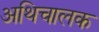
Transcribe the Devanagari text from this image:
अथिचालक